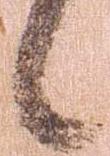
候